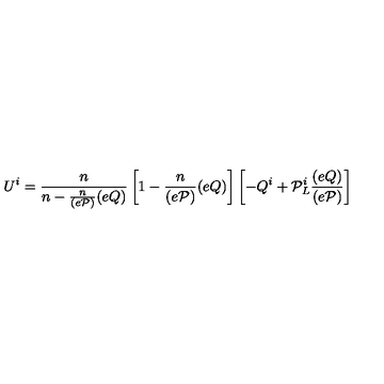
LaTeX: U ^ { i } = \frac { n } { n - \frac { n } { ( e { \cal P } ) } ( e Q ) } \left[ 1 - \frac { n } { ( e { \cal P } ) } ( e Q ) \right] \left[ - Q ^ { i } + { \cal P } _ { L } ^ { i } \frac { ( e Q ) } { ( e { \cal P } ) } \right]